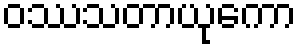
ဝဿသတာယုကော